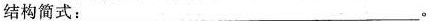
结构简式：___。